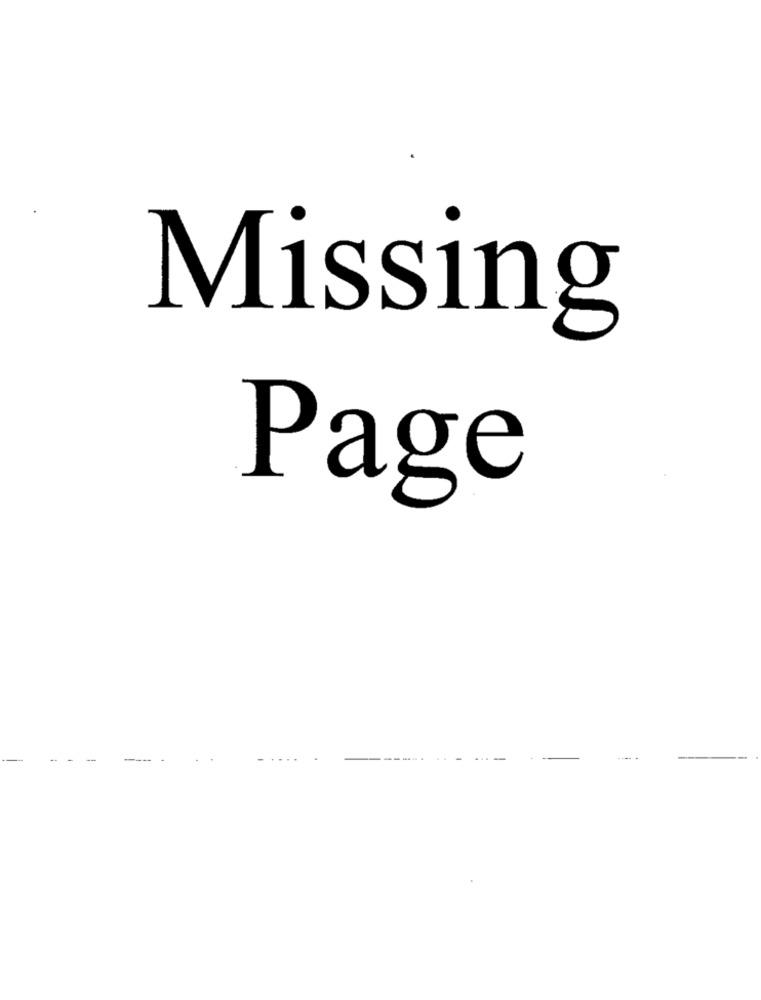
Missing
Page